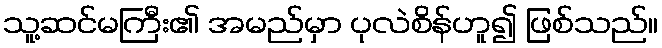
သူ့ဆင်မကြီး၏ အမည်မှာ ပုလဲစိန်ဟူ၍ ဖြစ်သည်။